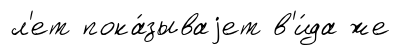
л'ет пока́зываjет в'и́да же